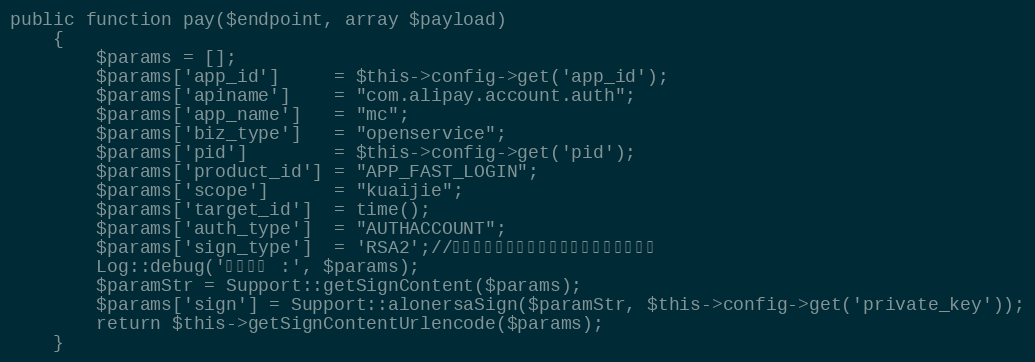
Language: PHP
public function pay($endpoint, array $payload)
    {
    	$params = [];
		$params['app_id']     = $this->config->get('app_id');
		$params['apiname']    = "com.alipay.account.auth";
		$params['app_name']   = "mc";
		$params['biz_type']   = "openservice";
		$params['pid']        = $this->config->get('pid');
		$params['product_id'] = "APP_FAST_LOGIN";
		$params['scope']      = "kuaijie";
		$params['target_id']  = time();
		$params['auth_type']  = "AUTHACCOUNT";
		$params['sign_type']  = 'RSA2';//商户生成签名字符串所使用的签名算法类型
        Log::debug('生成签名 :', $params);
		$paramStr = Support::getSignContent($params);
		$params['sign'] = Support::alonersaSign($paramStr, $this->config->get('private_key'));
        return $this->getSignContentUrlencode($params);
    }